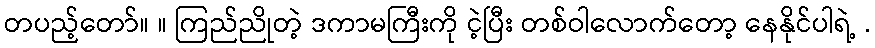
တပည့်တော်။ ။ ကြည်ညိုတဲ့ ဒကာမကြီးကို ငဲ့ပြီး တစ်ဝါလောက်တော့ နေနိုင်ပါရဲ့ .